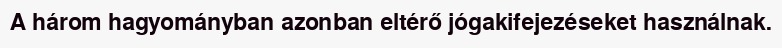
A három hagyományban azonban eltérő jógakifejezéseket használnak.